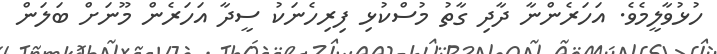
ހުޅުވާލީމެވެ. އަހަރެންނާ ދާދި ގާތު މުސްކުޅި ފިރިހެނަކު ސީދާ އަހަރެން މޫނަށް ބަލަން